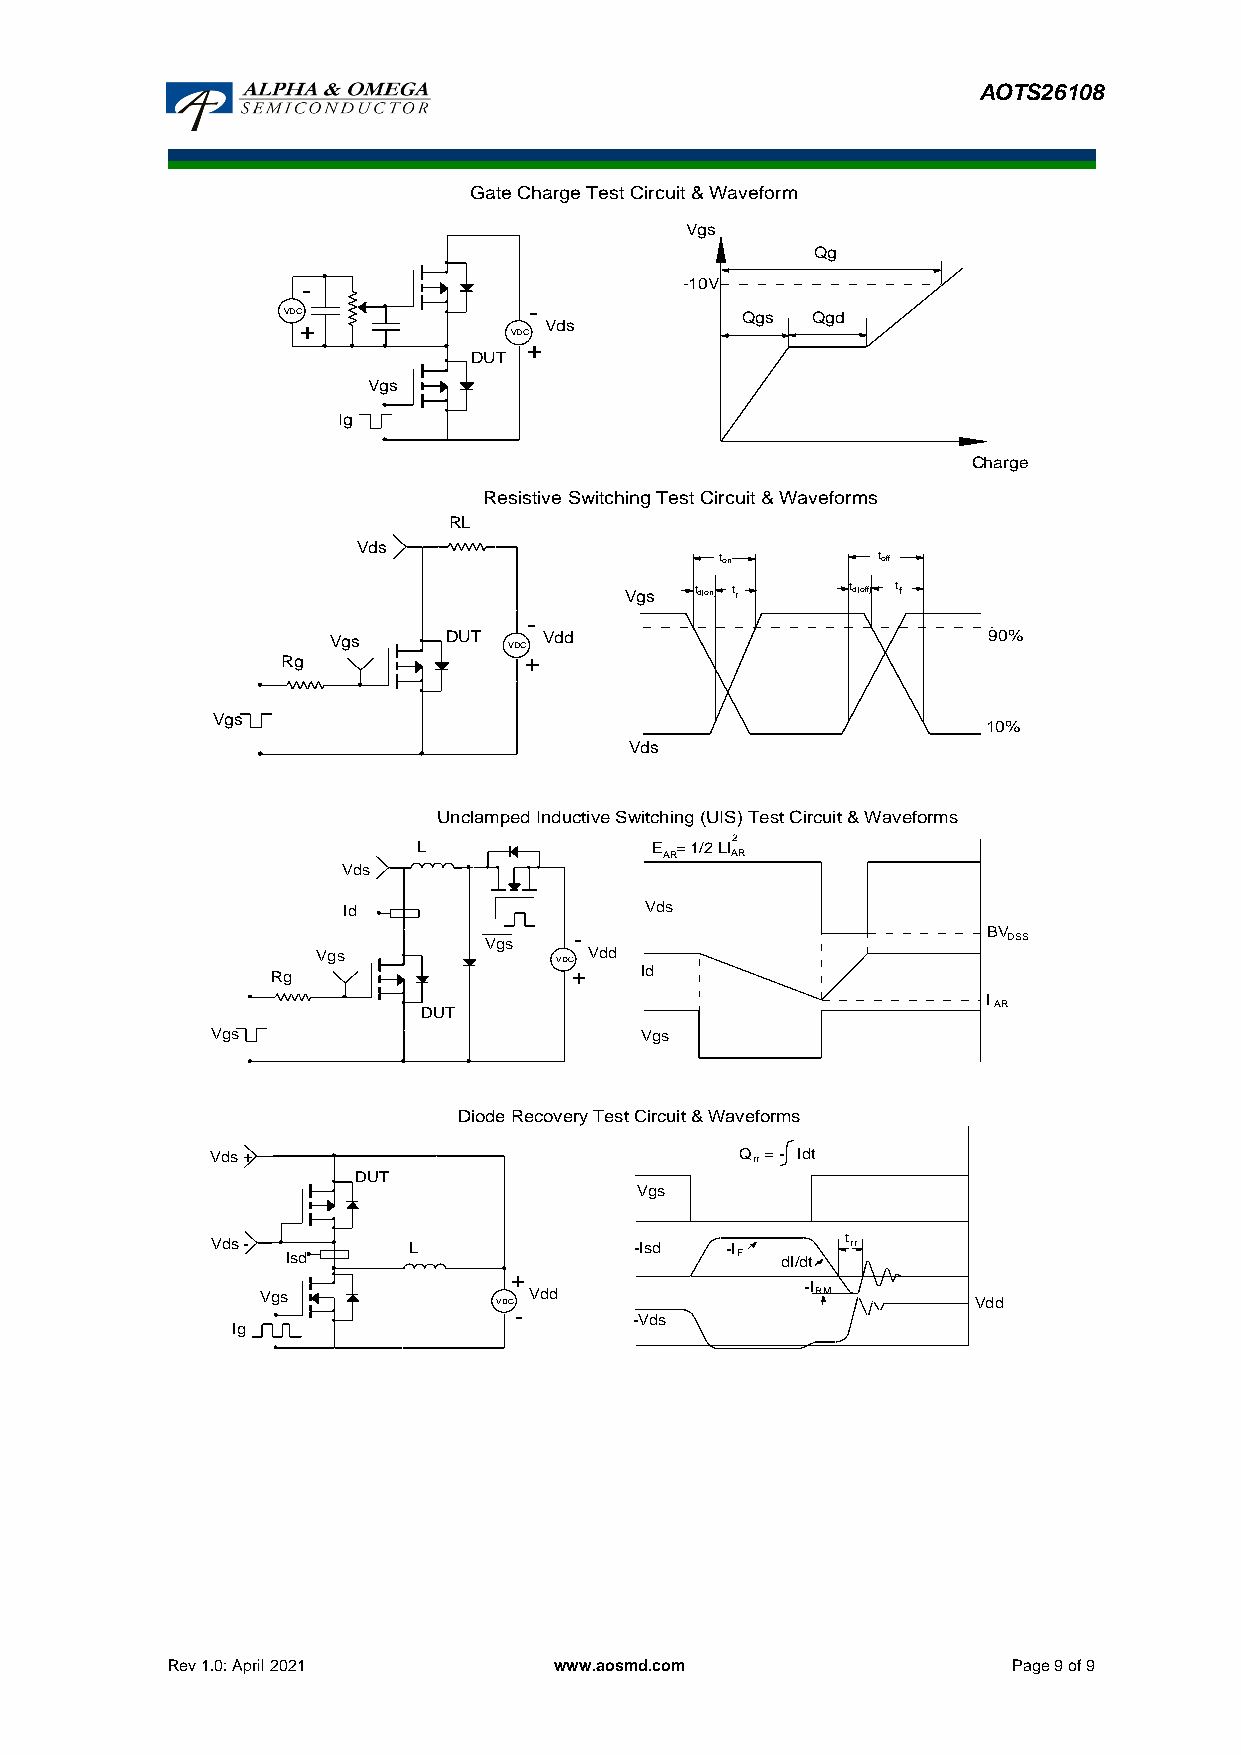
AOTS26108
 -
 -
 +
 +
 Resistive Switching Test Circuit & Waveforms
 RL
 Vds
 ton       toff
 Vgs  td(on) tr td(off) tf
 -
 Vgs     DUT   Vdd                          90%
 VDC
 Rg              +
 Vgs
 10%
 Vds
 -
 +
 Diode Recovery Test Circuit & Waveforms
 Vds +                              Q r r = - Idt
 DUT
 Vgs
 Vds -        L              -Isd  -I      t rr
 Isd                           F  dI/dt
 +
 -I
 Vgs             VDC Vdd              RM        Vdd
 -
 -Vds
 Ig
 Rev 1.0: April 2021       www.aosmd.com                 Page 9 of 9
 V g s
 R
 VD
 g
 C
 V g
 Ig
 V d
 Id
 s
 V
 s
 g s
 L
 D
 U
 U
 n
 T
 c
 G
 D
 la
 a
 U
 m
 V
 te C
 VD C
 T
 p e d
 g s
 h a r g e
 V d s
 In d u c
 VDC
 T
 tiv
 V
 e
 e
 d
 s t C
 S w
 d
 ir c u it & W a v e
 V g s
 -1 0 V
 Q
 itc h in g (U IS ) T
 2E = 1 /2 L IA
 RA R
 V d s
 Id
 V g s
 fo r m
 g s
 e s t C
 Q
 Q
 irc
 g
 g d
 u it & W a v e fo rm s
 C h
 B
 I
 a rg e
 V D S S
 A R